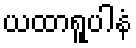
ယထာရူပါနံ